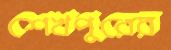
শেখপুরের